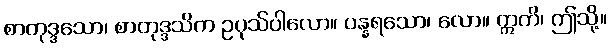
စာတုဒ္ဒသော၊ စာတုဒ္ဒသိက ဥပုသ်ပါလော။ ပန္နရသော၊ လော။ ဣတိ၊ ဤသို့။